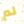
لم